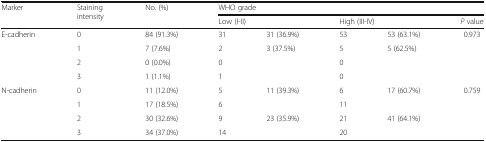
| <ROWSPAN=2> Marker | <ROWSPAN=2> Staining intensity | <ROWSPAN=2> No. (%) | <COLSPAN=5> WHO grade |
 | <COLSPAN=2> Low (I-II) | <COLSPAN=2> High (III-IV) | P value |
 | --- | --- | --- | --- | --- | --- | --- | --- |
 | <ROWSPAN=4> E-cadherin | 0 | 84 (91.3%) | 31 | 31 (36.9%) | 53 | 53 (63.1%) | <ROWSPAN=4> 0.973 |
 | 1 | 7 (7.6%) | 2 | <ROWSPAN=3> 3 (37.5%) | 5 | <ROWSPAN=3> 5 (62.5%) |
 | 2 | 0 (0.0%) | 0 | 0 |
 | 3 | 1 (1.1%) | 1 | 0 |
 | <ROWSPAN=4> N-cadherin | 0 | 11 (12.0%) | 5 | <ROWSPAN=2> 11 (39.3%) | 6 | <ROWSPAN=2> 17 (60.7%) | <ROWSPAN=4> 0.759 |
 | 1 | 17 (18.5%) | 6 | 11 |
 | 2 | 30 (32.6%) | 9 | <ROWSPAN=2> 23 (35.9%) | 21 | <ROWSPAN=2> 41 (64.1%) |
 | 3 | 34 (37.0%) | 14 | 20 |